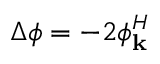
\Delta \phi = - 2 \phi _ { \mathbf { k } } ^ { H }